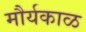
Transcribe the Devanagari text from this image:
मौर्यकाळ